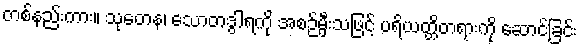
တစ်နည်းကား။ သုတေန၊ သောတဒွါရကို အစဉ်မှီးသဖြင့် ပရိယတ္တိတရားကို ဆောင်ခြင်း